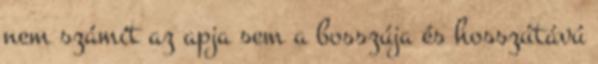
nem számít az apja sem a bosszúja és hosszútávú